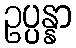
ဥပ္ပန္နာ